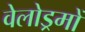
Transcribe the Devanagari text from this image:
वेलोड्रमों